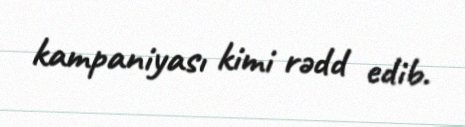
kampaniyası kimi rədd edib.